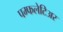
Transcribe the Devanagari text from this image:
पम्फलेटिअर